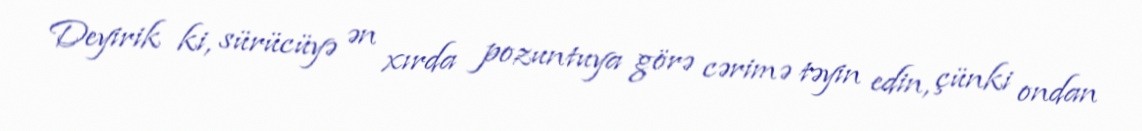
Deyirik ki, sürücüyə ən xırda pozuntuya görə cərimə təyin edin, çünki ondan